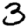
Digit: 3